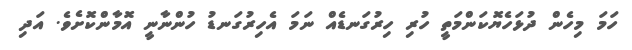
ހަމަ މިހެން ދުޅަހެޔޮކަންމަތީ ހުރި ހިރުގަނޑެއް ނަމަ އެހިރުގަނޑު ހުންނާނީ އޮމާންކޮށެވެ. އަދި